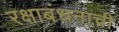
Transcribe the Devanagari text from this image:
रक्षाबंधनाची